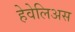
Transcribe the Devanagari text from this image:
हेवेलिअस